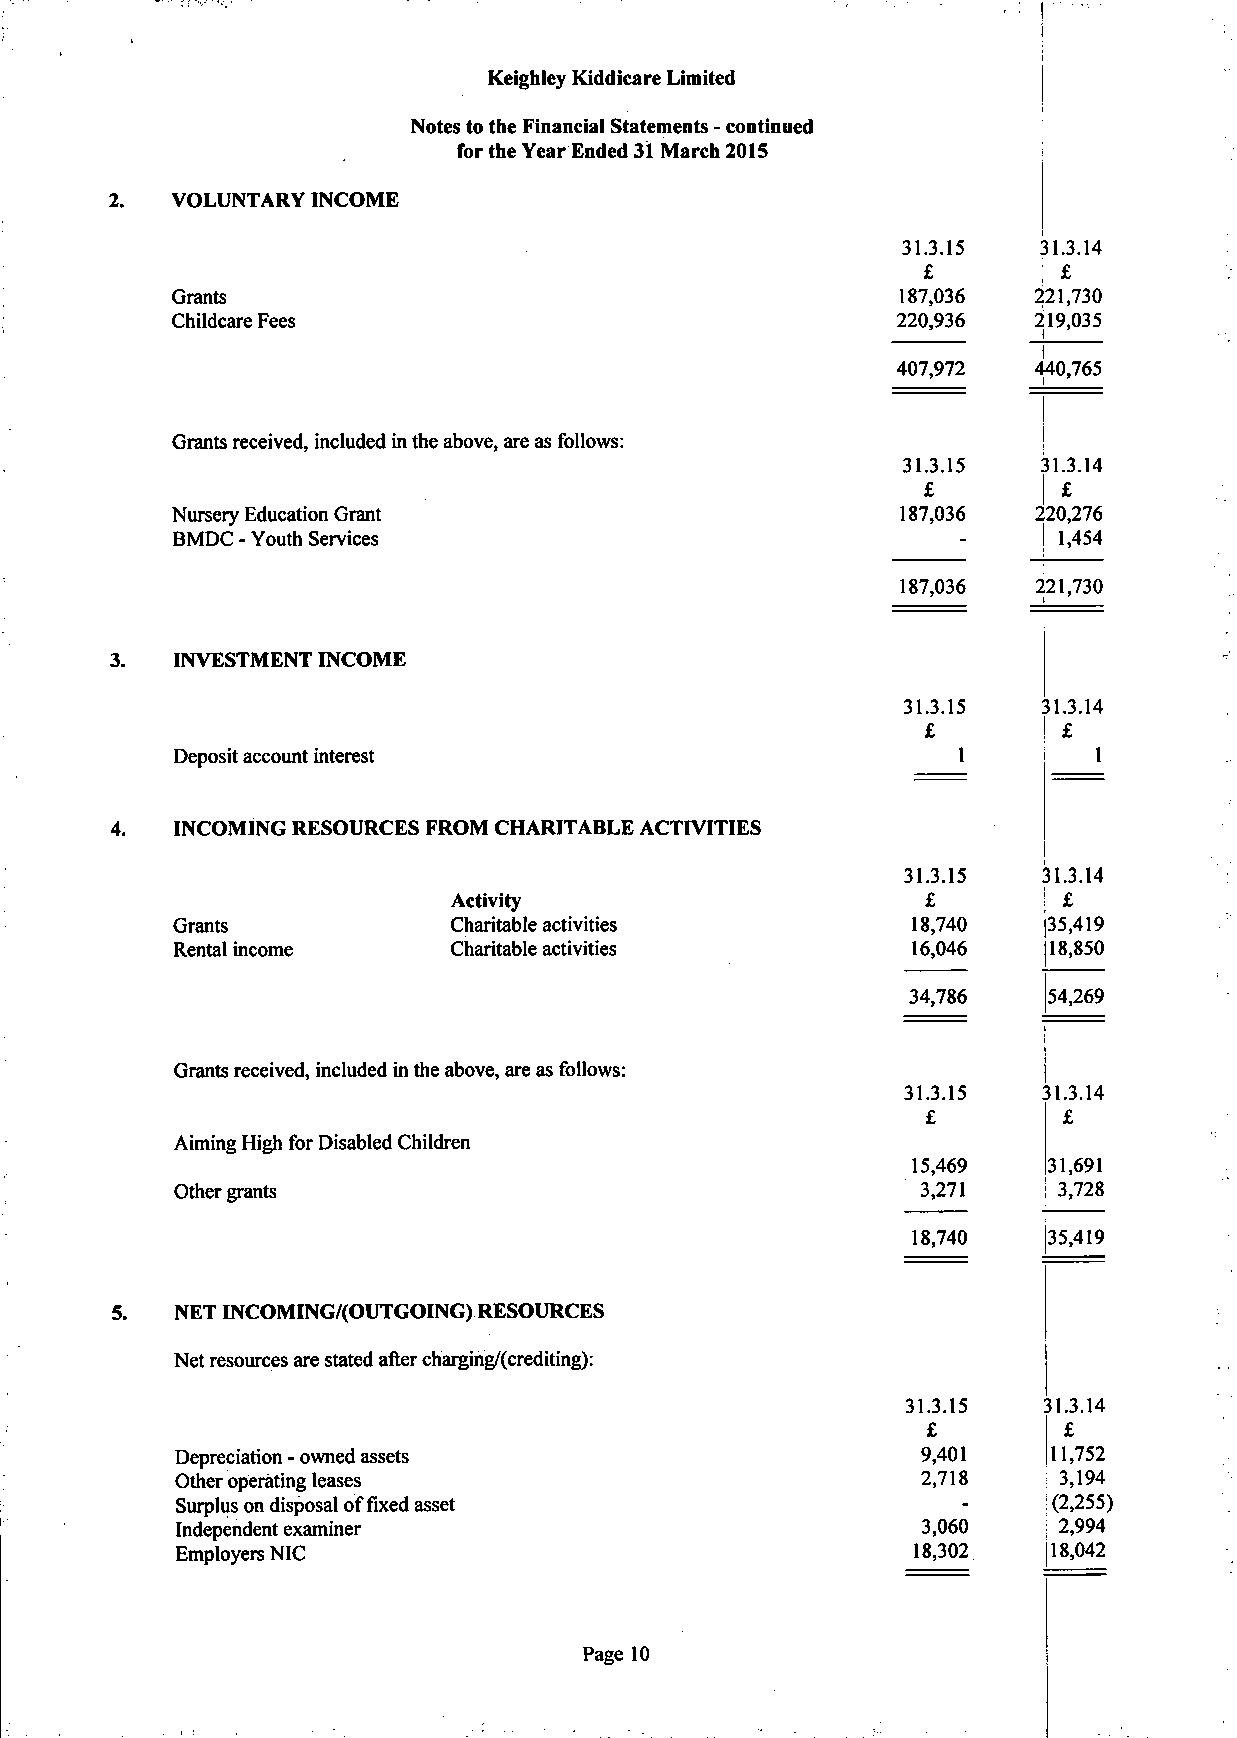
Keighley Kiddicare Limited
 Notes to the Financial Statements - continued
 for the Year Ended 31 March 2015
 VOLUNTARY INCOME
 31.3.15  31.3.14
 £       ; £
 Grants                                           187,036 221,730
 Childcare Fees                                  220,936  219,035
 i
 1
 407,972
 440,765
 Grants received, included in the above, are as follows:
 31.3.15  31.3.14
 £       I £
 Nursery Education Grant                          187,036
 BMDC - Youth Services                                    220,276
 ! 1,454
 187,036  221,730
 3.   INVESTMENT INCOME
 31.3.15  31.3.14
 £       ! £
 Deposit account interest                            1         1
 4.   INCOMING RESOURCES FROM CHARITABLE ACTIVITIES
 31.3.15  31.3.14
 Activity                       £       ! £
 Grants             Charitable activities         18,740   35,419
 Rental income      Charitable activities         16,046   18,850
 34,786   54,269
 Grants received, included in the above, are as follows:
 31.3.15  31.3.14
 £        £
 Aiming High for Disabled Children
 15,469   31,691
 Other grants                                     3,271   ! 3,728
 18,740   135,419
 NET INCOMING/(OUTGOING) RESOURCES
 Net resources are stated after charging/(crediting):
 31.3.15  31.3.14
 £        £
 Depreciation - owned assets                      9,401    11,752
 Other operating leases                           2,718    3,194
 Surplus on disposal of fixed asset                  -     (2,255)
 Independent examiner                             3,060    2,994
 Employers NIC                                   18,302    18,042
 Page 10